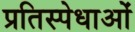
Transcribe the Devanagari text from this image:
प्रतिस्पेधाओं